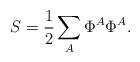
LaTeX: \begin{align*}S={1\over2}\sum_A\Phi^A\Phi^A.\end{align*}